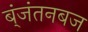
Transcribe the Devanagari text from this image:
ब्ंजंतनबज